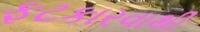
ફટકારવાથી